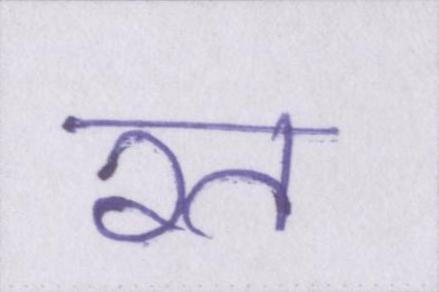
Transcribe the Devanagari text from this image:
रत